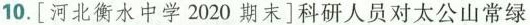
10.[ 河北衡水中学2020期末 ]科研人员对太公山常绿